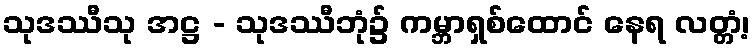
သုဒဿီသု အဋ္ဌ - သုဒဿီဘုံ၌ ကမ္ဘာရှစ်ထောင် နေရ လတ္တံ့၊